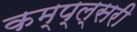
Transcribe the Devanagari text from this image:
कम्प्ल्सरी